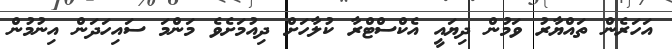
އަހަރެން ތައްޔާރު ވަމުން ދިޔައީ އެކްސްޓްރާ ކުލާހަށް ދިއުމަށެވެ މަންމަ ސައިހަދަން އިނުމުން